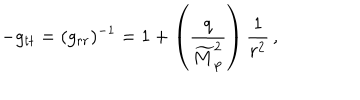
- g _ { t t } = ( g _ { r r } ) ^ { - 1 } = 1 + \left( { \frac { q } { \widetilde { M } _ { \mathrm { p } } ^ { 2 } } } \right) { \frac { 1 } { r ^ { 2 } } } \, ,